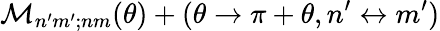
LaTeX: {\cal M}_{n^{\prime}m^{\prime};nm}(\theta)+(\theta\rightarrow\pi+\theta,n^{\prime}\leftrightarrow m^{\prime})